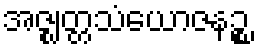
အဇ္ဈတ္တသံယောဇနဉ္စ